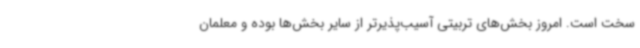
سخت است. امروز بخش‌های تربیتی آسیب‌پذیرتر از سایر بخش‌ها بوده و معلمان